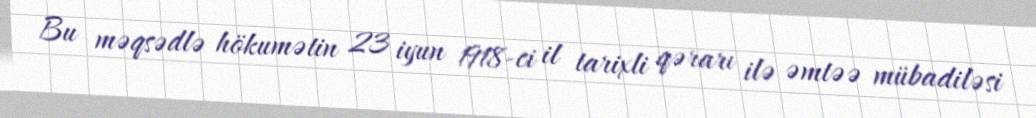
Bu məqsədlə hökumətin 23 iyun 1918-ci il tarixli qərarı ilə əmtəə mübadiləsi